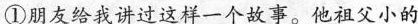
①朋友给我讲过这样一个故事。他祖父小的